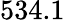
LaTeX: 534.1